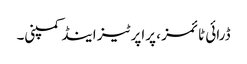
ڈرائی ٹائمز ، پراپرٹیز اینڈ کمپنی۔